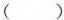
()